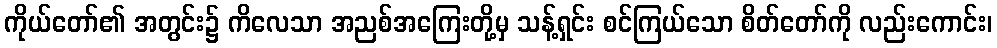
ကိုယ်တော်၏ အတွင်း၌ ကိလေသာ အညစ်အကြေးတို့မှ သန့်ရှင်း စင်ကြယ်သော စိတ်တော်ကို လည်းကောင်း၊